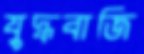
যুদ্ধবাজি